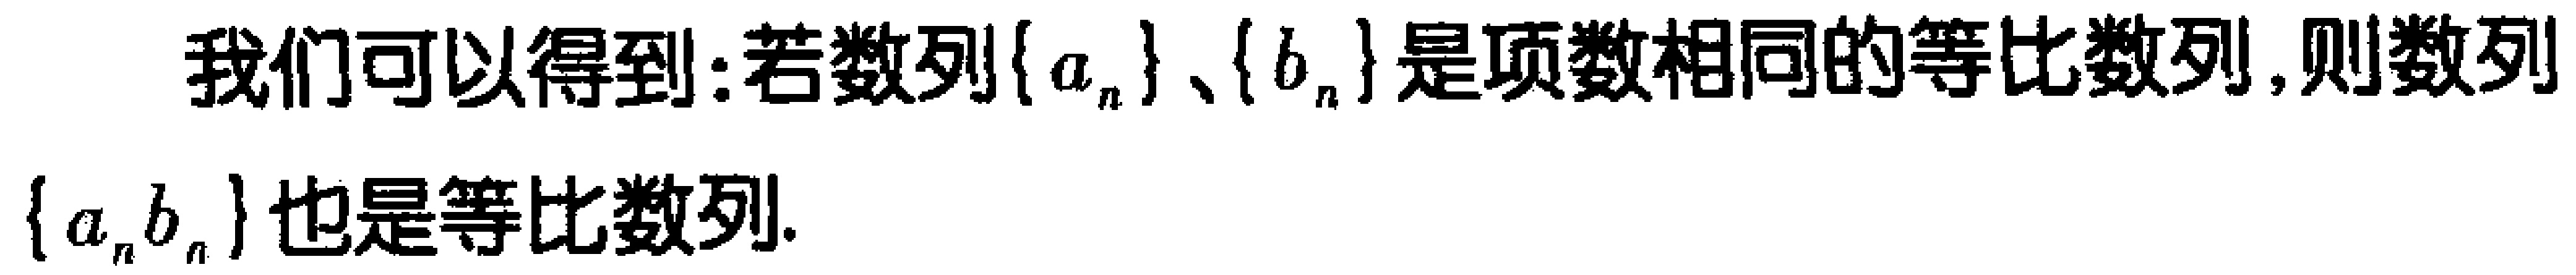
我们可以得到：若数列\(\{a_{n}\}\)、\(\{b_{n}\}\)是项数相同的等比数列,则数列\(\{a_{n}b_{n}\}\)也是等比数列.